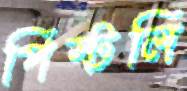
পিস্টলি